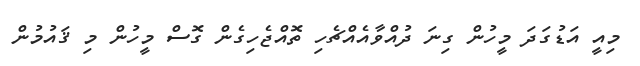
މިއީ އަޑުގަދަ މީހުން ގިނަ ދުއްވާއެއްޗެހި ތޮއްޖެހިގެން ގޮސް މީހުން މި ޤައުމުން